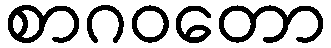
စာဂဝတော